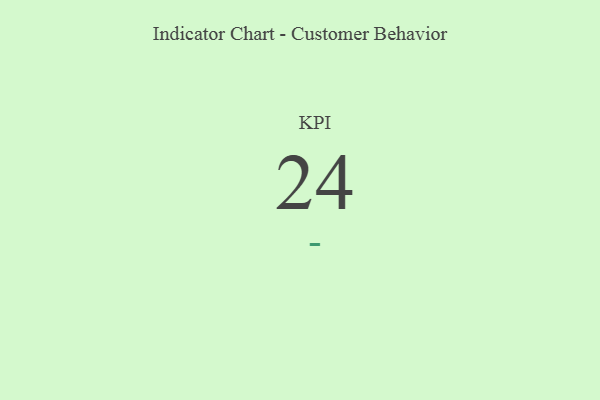
{"axis": {"x": "KPI", "y": "Value"}, "legend": [""], "data": [{"x": "KPI", "y": 24, "type": ""}]}